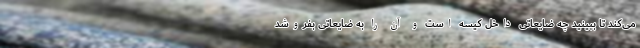
می‌کند تا ببینید چه ضایعاتی داخل کیسه است و آن را به ضایعاتی بفروشد